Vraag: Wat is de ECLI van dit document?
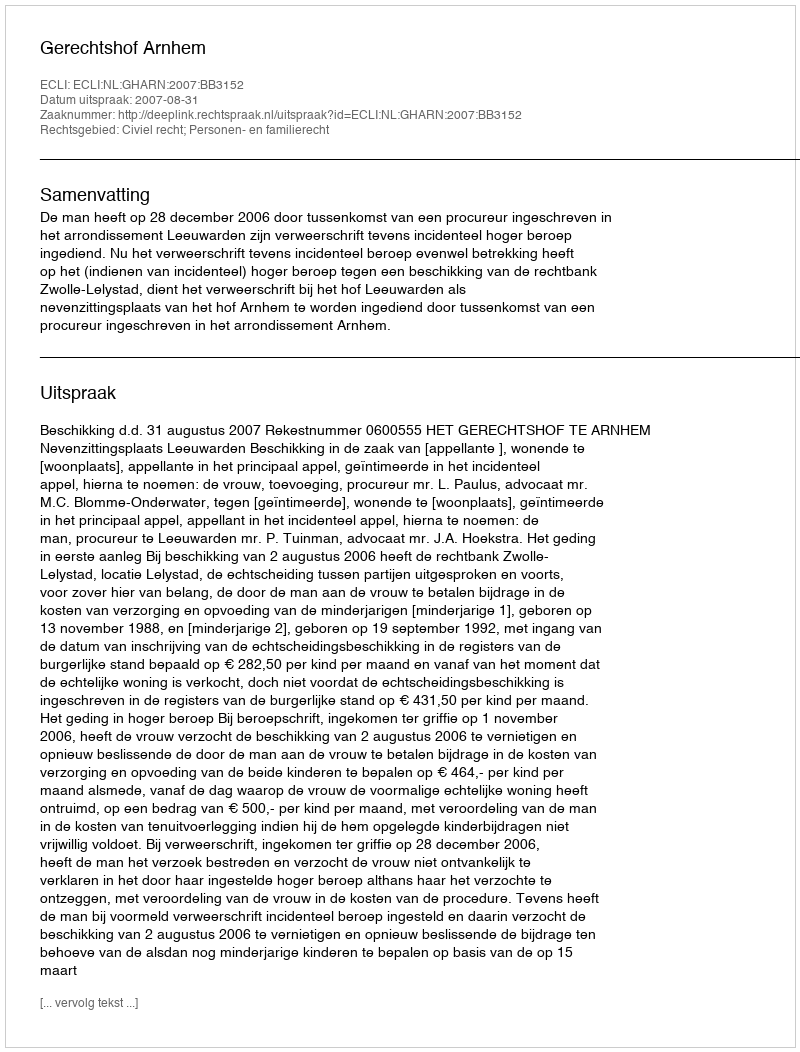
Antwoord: ECLI:NL:GHARN:2007:BB3152